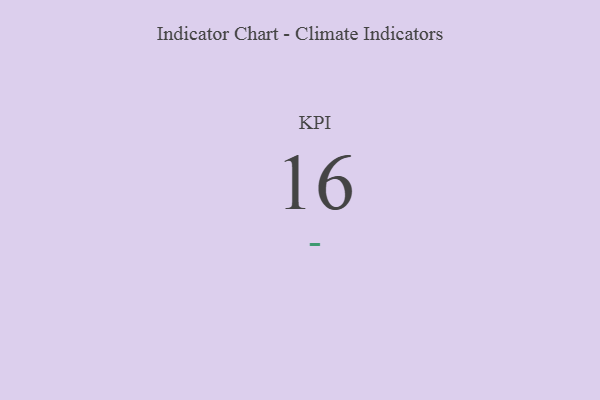
{"axis": {"x": "KPI", "y": "Value"}, "legend": [""], "data": [{"x": "KPI", "y": 16, "type": ""}]}